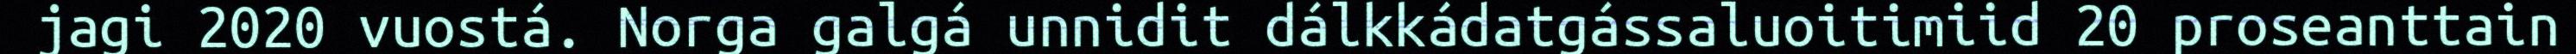
jagi 2020 vuostá. Norga galgá unnidit dálkkádatgássaluoitimiid 20 proseanttain